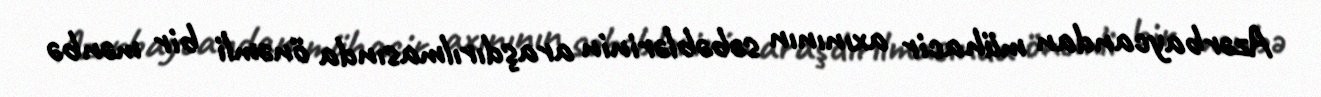
Azərbaycandan mühacir axınının səbəblərinin araşdırılmasında önəmli bir mənbə